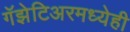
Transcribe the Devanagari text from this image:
गॅझेटिअरमध्येही